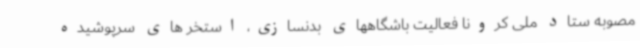
مصوبه ستاد ملی کرونا فعالیت باشگاههای بدنسازی، استخر های سرپوشیده